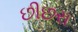
છીછરા